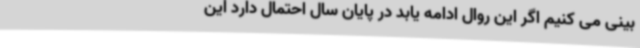
بینی می کنیم اگر این روال ادامه یابد در پایان سال احتمال دارد این